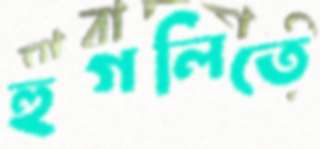
হুগলিতে